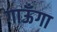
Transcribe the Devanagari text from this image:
गाऊँगा